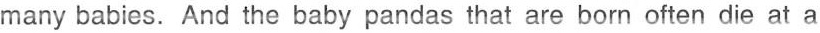
many babies. And the baby pandas that are born often die at a